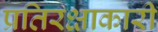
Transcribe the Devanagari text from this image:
प्रतिरक्षाकारी